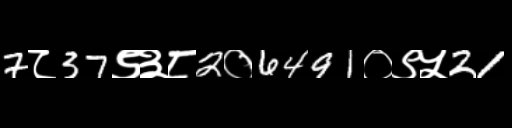
Text: 7८37९३८2०6491०९५21